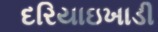
દરિયાઇખાડી